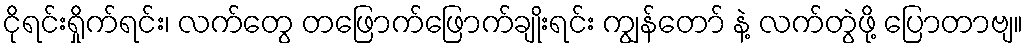
ငိုရင်းရှိုက်ရင်း၊ လက်တွေ တဖြောက်ဖြောက်ချိုးရင်း ကျွန်တော် နဲ့ လက်တွဲဖို့ ပြောတာဗျ။